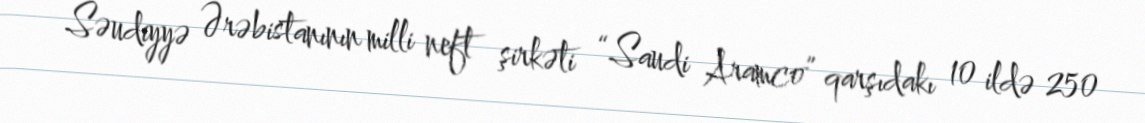
Səudiyyə Ərəbistanının milli neft şirkəti “Saudi Aramco” qarşıdakı 10 ildə 250